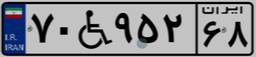
۷۰W۹۵۲۶۸